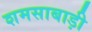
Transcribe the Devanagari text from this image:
शमसाबाड़ी